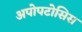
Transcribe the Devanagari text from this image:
अपोपटोसिस